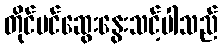
တိုင်ပင်ဆွေးနွေးသင့်ပါသည်